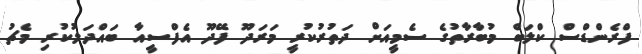
ފްރެންޑްސް ކްލަބް މުބާރާތުގެ ސެމީއަށް ދަތުރުކުރީ މަރަދޫ ފޭދޫ އެފްސީއާ ބައްދަލުކުރި މެޗު